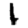
Digit: 1